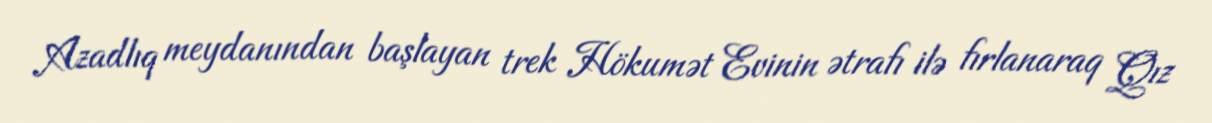
Azadlıq meydanından başlayan trek Hökumət Evinin ətrafı ilə fırlanaraq Qız